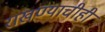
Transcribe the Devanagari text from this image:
राखण्याचीही